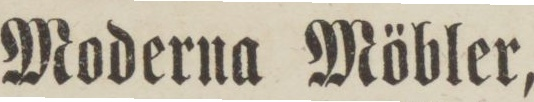
Moderna Möbler,